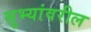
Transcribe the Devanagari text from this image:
सुभ्यांवरील